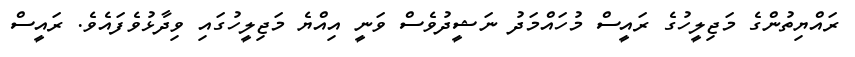
ރައްޔިތުންގެ މަޖިލީހުގެ ރައީސް މުހައްމަދު ނަޝީދުވެސް ވަނީ އިއްޔެ މަޖިލީހުގައި ވިދާޅުވެފައެވެ. ރައީސް